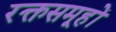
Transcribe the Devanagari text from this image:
रक्तसमूहों